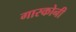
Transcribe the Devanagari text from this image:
गास्कोनी